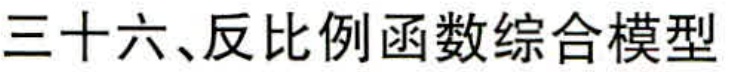
三十六、反比例函数综合模型